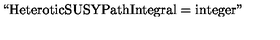
\mathrm { ` ` H e t e r o t i c S U S Y P a t h I n t e g r a l } = \mathrm { i n t e g e r " }